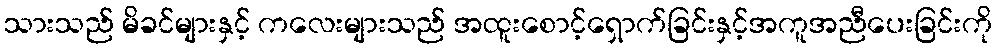
သားသည် မိခင်များနှင့် ကလေးများသည် အထူးစောင့်ရှောက်ခြင်းနှင့်အကူအညီပေးခြင်းကို